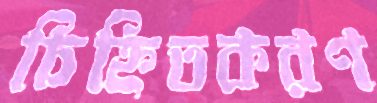
চিহ্নিতকরণ